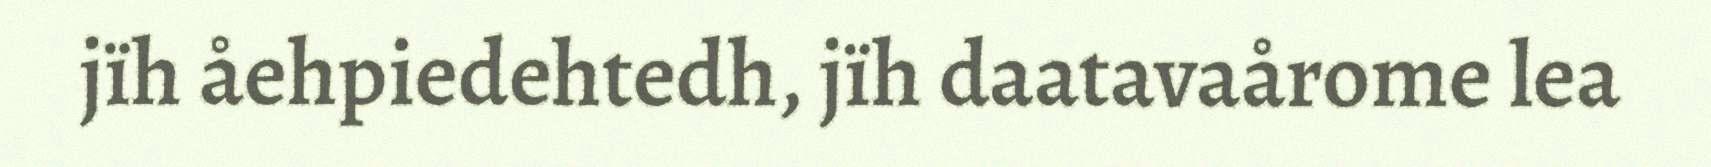
jïh åehpiedehtedh, jïh daatavaårome lea